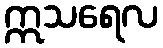
ဣသရေလ